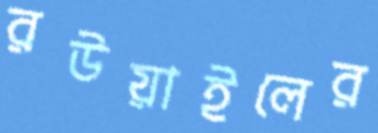
রউয়াইলের